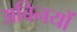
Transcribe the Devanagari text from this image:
अविनयों